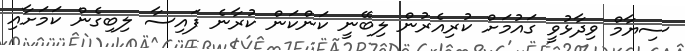
ސިޔާމް ވިދާޅުވީ ގައުމަށް ކުރިއެރުން ލިބޭނީ ކަންކަން ކުރާނެ ފައިސާ ލިބިގެން ކަމަށާއި